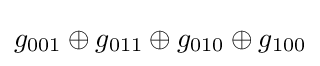
g_{001}\oplus g_{011}\oplus g_{010}\oplus g_{100}